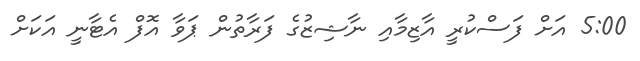
5:00 އަށް ފަސްކުރީ އާޒިމާއި ނާޝިޒުގެ ފަރާތުން ޕަވާ އޮފް އެޓާނީ އަކަށް